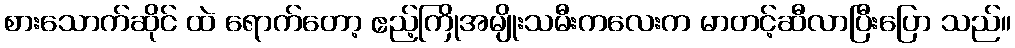
စားသောက်ဆိုင် ထဲ ရောက်တော့ ဧည့်ကြိုအမျိုးသမီးကလေးက မာတင့်ဆီလာပြီးပြော သည်။